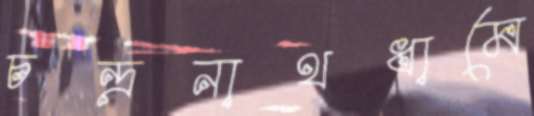
চন্দ্রনাথধামে